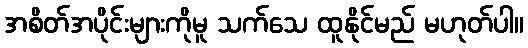
အစိတ်အပိုင်းများကိုမူ သက်သေ ထူနိုင်မည် မဟုတ်ပါ။